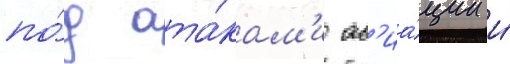
по́д ата́кам'и ав'иа́ции и́